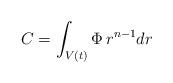
LaTeX: \begin{align*}C=\int_{V(t)} \Phi\, r^{n-1}dr\end{align*}